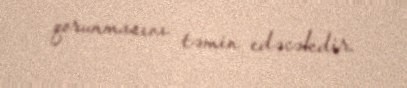
qorunmasını təmin edəcəkdir.